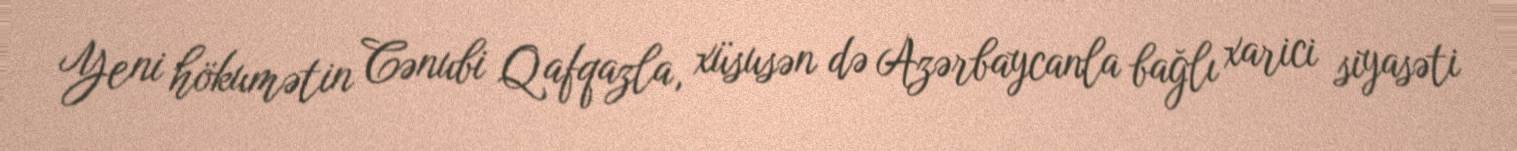
Yeni hökumətin Cənubi Qafqazla, xüsusən də Azərbaycanla bağlı xarici siyasəti